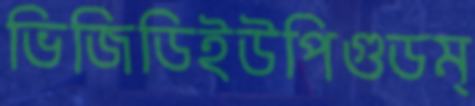
ভিজিডিইউপিগুডম্